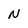
Character: N